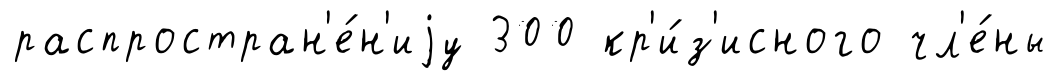
распростран'е́н'иjу 300 кр'и́з'исного чл'е́ны